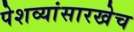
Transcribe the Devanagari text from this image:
पेशव्यांसारखेच